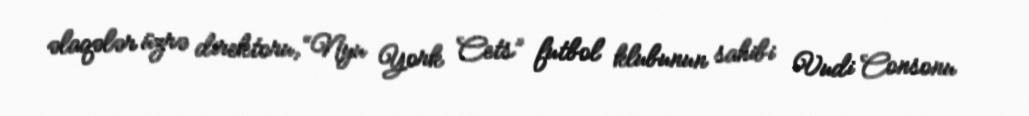
əlaqələr üzrə direktoru, “Nyu York Cets” futbol klubunun sahibi Vudi Consonu